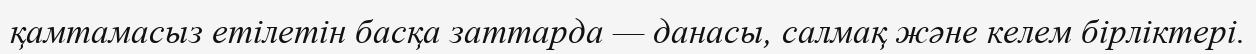
қамтамасыз етілетін басқа заттарда — данасы, салмақ және келем бірліктері.